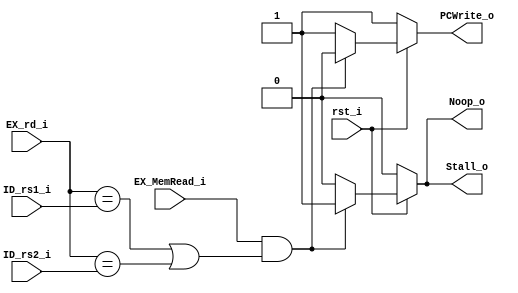
module Hazard_Detection_Unit(
	rst_i,
	ID_rs1_i,
	ID_rs2_i,
	EX_MemRead_i,
	EX_rd_i,
	Noop_o,
	Stall_o,
	PCWrite_o
);

input			rst_i;
input [4:0]		ID_rs1_i;
input [4:0]		ID_rs2_i;
input			EX_MemRead_i;
input [4:0]		EX_rd_i;
output reg		Noop_o;
output reg		Stall_o;
output reg		PCWrite_o;

always @(*) begin
	if (~rst_i) begin
		Noop_o <= 0;
		Stall_o <= 0;
		PCWrite_o <= 1;
	end
	else begin
		Noop_o <= 0;
		Stall_o <= 0;
		PCWrite_o <= 1;
		if ((EX_MemRead_i) && ((EX_rd_i == ID_rs1_i) || (EX_rd_i == ID_rs2_i))) begin
			Noop_o <= 1;
			Stall_o <= 1;
			PCWrite_o <= 0;
		end
	end
end

endmodule